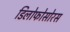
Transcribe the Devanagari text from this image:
डिलोफोसोरस